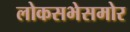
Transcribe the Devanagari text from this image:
लोकसभेसमोर